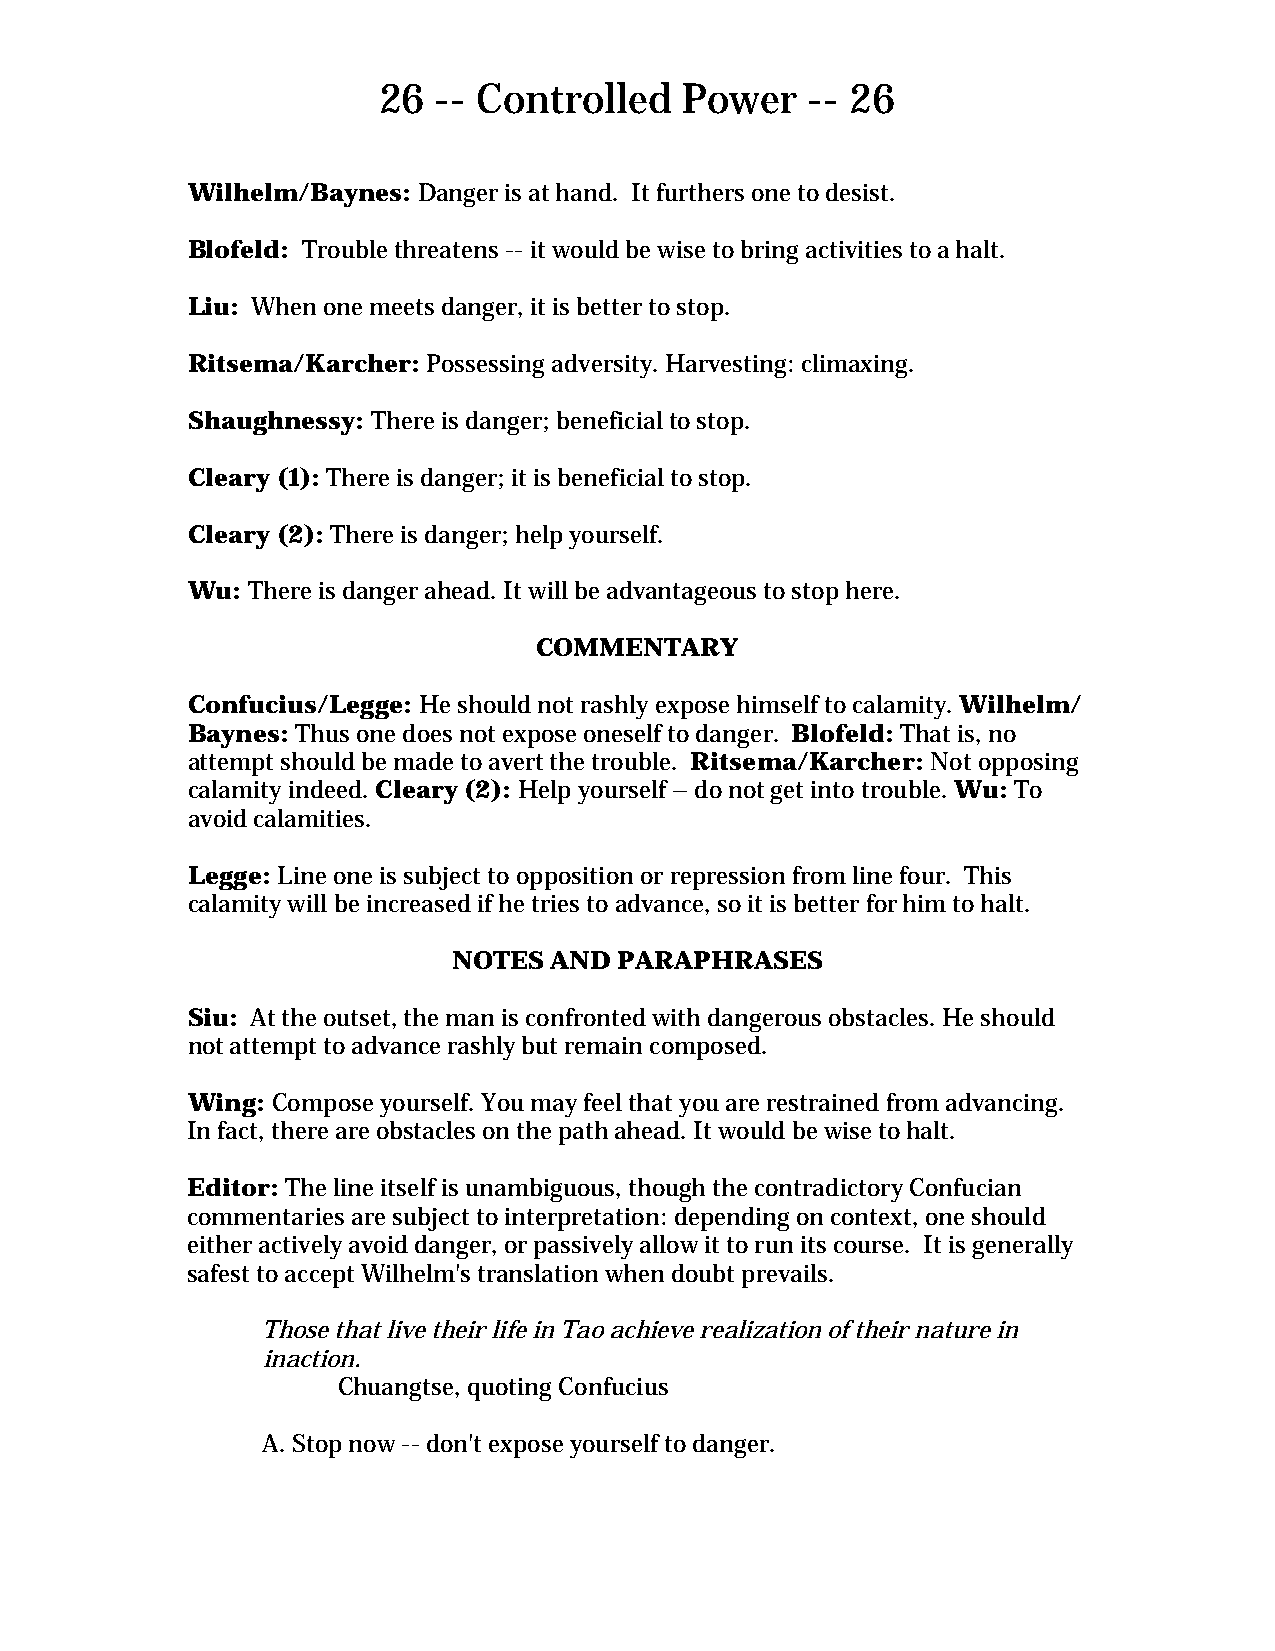
26  -- Controlled   Power    -- 26
 Wilhelm/Baynes: Danger is at hand. It furthers one to desist.
 Blofeld: Trouble threatens -- it would be wise to bring activities to a halt.
 Liu: When one meets danger, it is better to stop.
 Ritsema/Karcher: Possessing adversity. Harvesting: climaxing.
 Shaughnessy: There is danger; beneficial to stop.
 Cleary (1): There is danger; it is beneficial to stop.
 Cleary (2): There is danger; help yourself.
 Wu: There is danger ahead. It will be advantageous to stop here.
 COMMENTARY
 Confucius/Legge: He should not rashly expose himself to calamity. Wilhelm/
 Baynes: Thus one does not expose oneself to danger. Blofeld: That is, no
 attempt should be made to avert the trouble. Ritsema/Karcher: Not opposing
 calamity indeed. Cleary (2): Help yourself – do not get into trouble. Wu: To
 avoid calamities.
 Legge: Line one is subject to opposition or repression from line four. This
 calamity will be increased if he tries to advance, so it is better for him to halt.
 NOTES AND  PARAPHRASES
 Siu: At the outset, the man is confronted with dangerous obstacles. He should
 not attempt to advance rashly but remain composed.
 Wing: Compose yourself. You may feel that you are restrained from advancing.
 In fact, there are obstacles on the path ahead. It would be wise to halt.
 Editor: The line itself is unambiguous, though the contradictory Confucian
 commentaries are subject to interpretation: depending on context, one should
 either actively avoid danger, or passively allow it to run its course. It is generally
 safest to accept Wilhelm's translation when doubt prevails.
 Those that live their life in Tao achieve realization of their nature in
 inaction.
 Chuangtse, quoting Confucius
 A. Stop now -- don't expose yourself to danger.